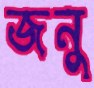
জনু